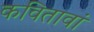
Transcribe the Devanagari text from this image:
कवितावां